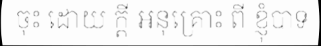
ចុះ ដោយ ក្តី អនុគ្រោះ ពី ខ្ញុំបាទ